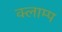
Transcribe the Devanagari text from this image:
क्लाम्प